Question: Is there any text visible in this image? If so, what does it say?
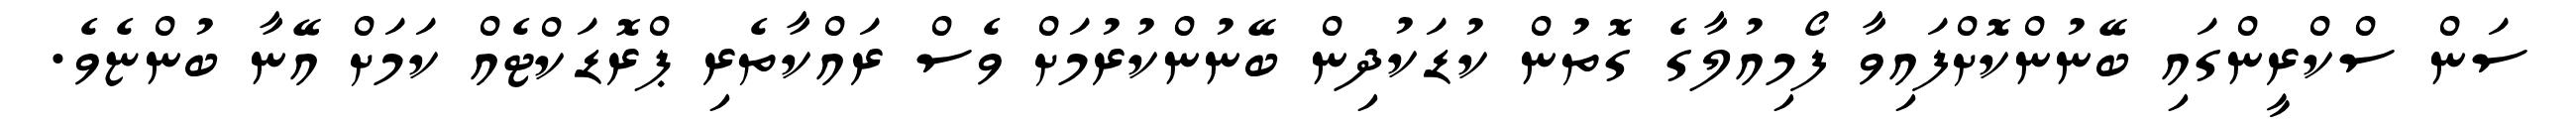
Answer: ސަން ސްކްރީންގައި ބޭނުންކޮށްފައިވާ ފޯމިއުލާގެ ގޮތުން ކުޑަކުދިން ބޭނުންކުރުމަށް ވެސް ރައްކާތެރި ޕްރޮޑަކްޓެއް ކަމަށް އޭނާ ބުންޏެވެ.